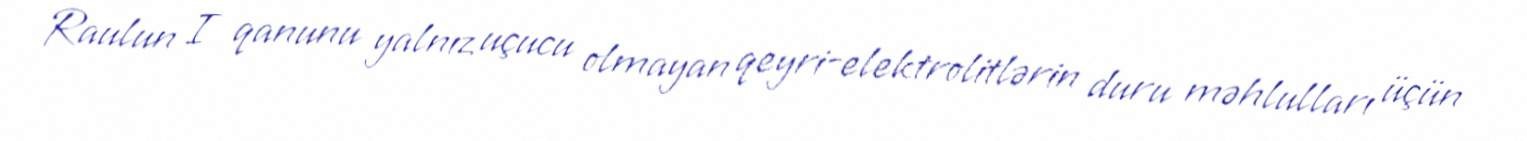
Raulun I qanunu yalnız uçucu olmayan qeyri-elektrolitlərin duru məhlulları üçün